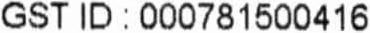
GST ID : 000781500416